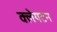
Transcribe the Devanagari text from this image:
क्लेयटन